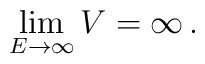
\lim\limits_{E\to \infty} V  = \infty \, .